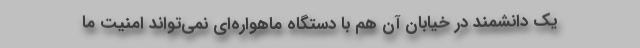
یک دانشمند در خیابان آن هم با دستگاه ماهواره‌ای نمی‌تواند امنیت ما